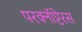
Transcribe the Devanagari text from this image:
परक्नॉप्टेरस